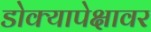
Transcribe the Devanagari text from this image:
डोक्यापेक्षावर